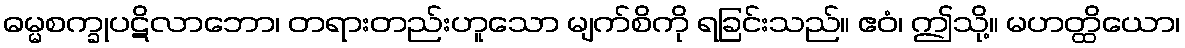
ဓမ္မစက္ခုပဋိလာဘော၊ တရားတည်းဟူသော မျက်စိကို ရခြင်းသည်။ ဧဝံ၊ ဤသို့။ မဟတ္ထိယော၊